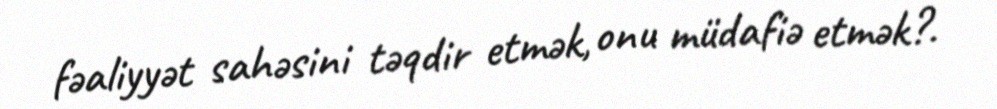
fəaliyyət sahəsini təqdir etmək, onu müdafiə etmək?.